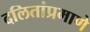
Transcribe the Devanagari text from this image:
दलितांप्रमाणे